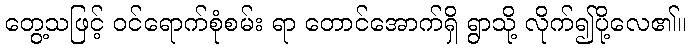
တွေ့သဖြင့် ဝင်ရောက်စုံစမ်း ရာ တောင်အောက်ရှိ ရွာသို့ လိုက်၍ပို့လေ၏။